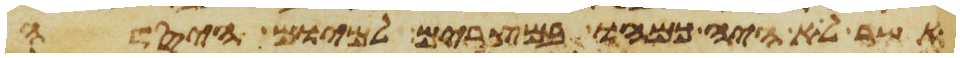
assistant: אשר לא היה כמהו במצרים למיום היסדה